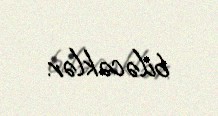
biləcəklər.